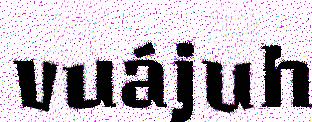
vuájuh